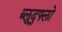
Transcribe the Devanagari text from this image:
ब्लूद्फ्लो